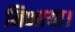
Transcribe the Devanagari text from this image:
निभाया।